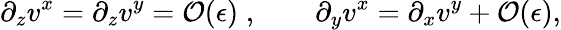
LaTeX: \partial_{z}{v^{x}}=\partial_{z}{v^{y}}={\mathcal O}({\epsilon})\; ,\qquad\partial_{y}{v^{x}}=\partial_{x}{v^{y}}+{\mathcal O}({\epsilon}),